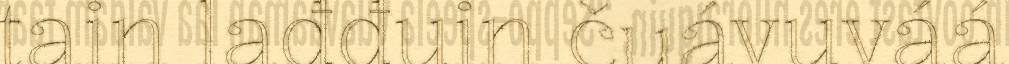
tain lađđuin čuávuváá